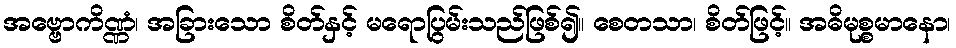
အဗ္ဗောကိဏ္ဏံ၊ အခြားသော စိတ်နှင့် မရောပြွမ်းသည်ဖြစ်၍။ စေတသာ၊ စိတ်ဖြင့်။ အဓိမုစ္စမာနော၊